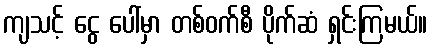
ကျသင့် ငွေ ပေါ်မှာ တစ်ဝက်စီ ပိုက်ဆံ ရှင်းကြမယ်။